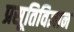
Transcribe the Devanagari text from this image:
प्रसूतिविज्ञान